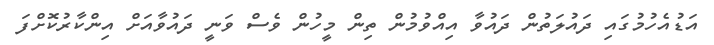
އަޑުއެހުމުގައި ދައުލަތުން ދައުވާ އިއްވުމުން ތިން މީހުން ވެސް ވަނީ ދައުވާއަށް އިންކާރުކޮށްފަ